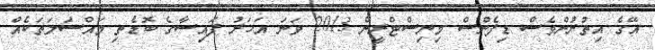
އޭގެ އިތުރުންވެސް ޑިފެންސް މިނިސްޓްރީން 2013 ވަނަ އަހަރު ފައިސާގެ ބޮޑެތި މައްސަލަތަކެއް